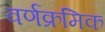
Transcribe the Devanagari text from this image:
वर्णक्रमिक